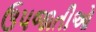
ઉપજાતીઓ